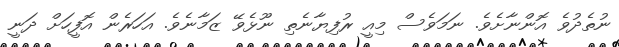
ނުތެދުވެ އޮންނާށެވެ. ނަމަވެސް މިއީ ރުފިޔާނެތި ނޫޅެވޭ ޒަމާނެވެ. އަހަރެން އޮފީހަށް ދަނީ